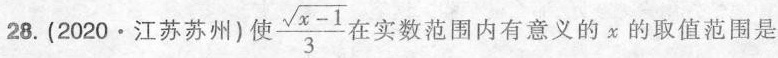
28.(2020·江苏苏州)使 \frac{\sqrt{x-1}}{3}在实数范围内有意义的x的取值范围是